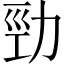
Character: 勁